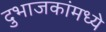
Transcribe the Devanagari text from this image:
दुभाजकांमध्ये